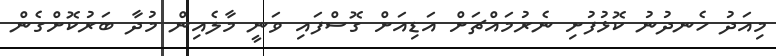
މިއަދު ހެނދުނު ކޮޅުފުށި ނެރުމައްޗަށް އަޑިއަށް ގޮސްފައި ވަނީ މާލެއިން މުދާ ބަރުކޮށްގެން